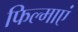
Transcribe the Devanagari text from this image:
फिल्माएं